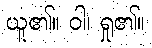
ယူ၏။ ဝါ၊ ရှု၏။